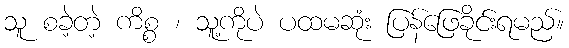
သူ စခဲ့တဲ့ ကိစ္စ ၊ သူ့ကိုပဲ ပထမဆုံး ပြန်ဖြေခိုင်းရမည်။